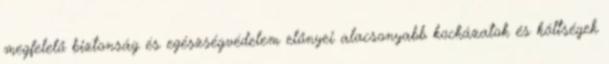
megfelelő biztonság és egészségvédelem előnyei alacsonyabb kockázatok és költségek